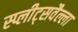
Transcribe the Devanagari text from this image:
स्प्लीट्सवैल्ला